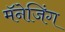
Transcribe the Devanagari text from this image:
मॅनेजिंग